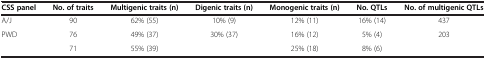
<table><thead><tr><td><b>CSS panel</b></td><td><b>No. of traits</b></td><td><b>Multigenic traits (n)</b></td><td><b>Digenic traits (n)</b></td><td><b>Monogenic traits (n)</b></td><td><b>No. QTLs</b></td><td><b>No. of multigenic QTLs</b></td></tr></thead><tbody><tr><td>A/J</td><td>90</td><td>62% (55)</td><td>10% (9)</td><td>12% (11)</td><td>16% (14)</td><td>437</td></tr><tr><td>PWD</td><td>76</td><td>49% (37)</td><td>30% (37)</td><td>16% (12)</td><td>5% (4)</td><td>203</td></tr><tr><td>[EMPTY_CELL]</td><td>71</td><td>55% (39)</td><td>[EMPTY_CELL]</td><td>25% (18)</td><td>8% (6)</td><td>[EMPTY_CELL]</td></tr></tbody></table>